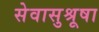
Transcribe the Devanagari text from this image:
सेवासुश्रूषा